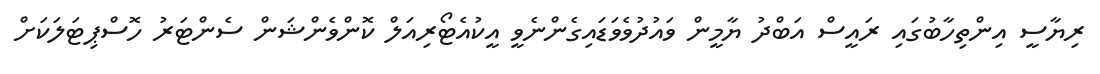
ރިޔާސީ އިންތިހާބުގައި ރައީސް އަބްދު ޔާމީން ވައުދުވެވަޑައިގެންނެވީ އީކުއެޓޯރިއަލް ކޮންވެންޝަން ސެންޓަރު ހޮސްޕިޓަލަކަށް